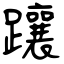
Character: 躟